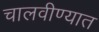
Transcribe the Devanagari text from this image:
चालवीण्यात